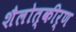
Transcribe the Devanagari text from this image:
शैलोत्कीर्ण